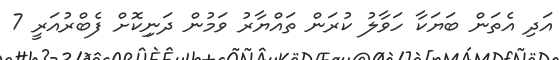
އަދި އެތަން ބަޔަކާ ހަވާލު ކުރަން ތައްޔާރު ވަމުން ދަނިިކޮށް ފެބްރުއަރީ 7